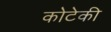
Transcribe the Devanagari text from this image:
कोटेकी